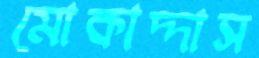
মোকাদ্দাস